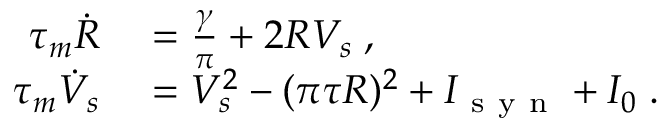
\begin{array} { r l } { \tau _ { m } \dot { R } } & { { } = \frac { \gamma } { \pi } + 2 R V _ { s } \; , } \\ { \tau _ { m } \dot { V } _ { s } } & { { } = V _ { s } ^ { 2 } - ( \pi \tau R ) ^ { 2 } + I _ { \mathrm { ~ s ~ y ~ n ~ } } + I _ { 0 } \; . } \end{array}